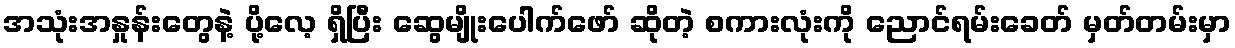
အသုံးအနှုန်းတွေနဲ့ ပို့လေ့ ရှိပြီး ဆွေမျိုးပေါက်ဖော် ဆိုတဲ့ စကားလုံးကို ညောင်ရမ်းခေတ် မှတ်တမ်းမှာ